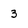
Character: 3